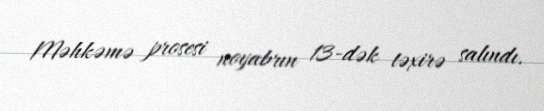
Məhkəmə prosesi noyabrın 13-dək təxirə salındı.